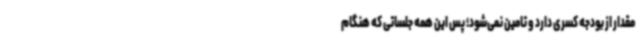
مقدار از بودجه کسری دارد و تامین نمی‌شود؛ پس این همه جلساتی که هنگام